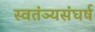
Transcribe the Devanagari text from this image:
स्वतंञ्यसंघर्ष